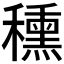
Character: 𥢾